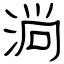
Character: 淌